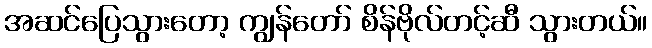
အဆင်ပြေသွားတော့ ကျွန်တော် စိန်ဗိုလ်တင့်ဆီ သွားတယ်။